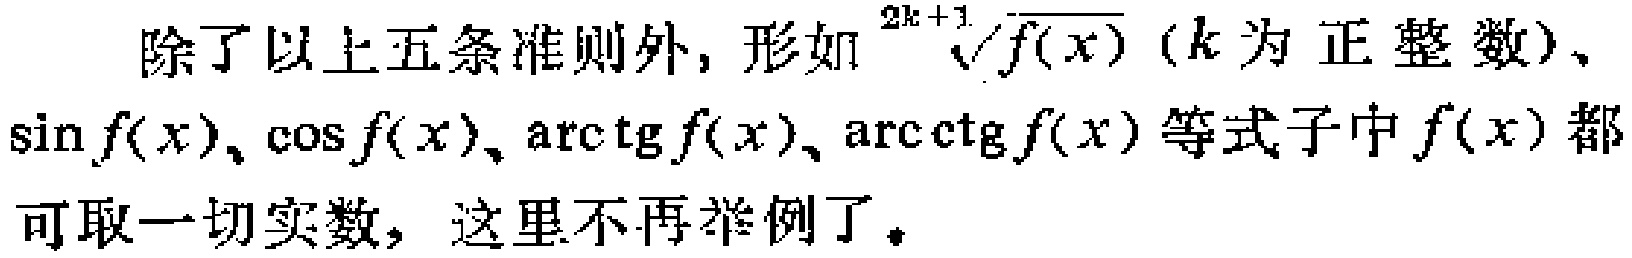
除了以上五条准则外, 形如$\sqrt[2k + 1]{f(x)}$ ($k$为正整数)、$\sin f(x)$、$\cos f(x)$、$\mathrm{arctg} f(x)$、$\mathrm{arcctg} f(x)$等式子中$f(x)$都可取一切实数, 这里不再举例了。